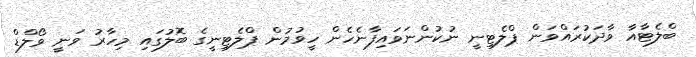
ބްލެޓާއާ ވާދަކުރައްވަން ޕްލެޓިނީ ނުކުންނަވައިފާނެހެން ހީވުމުން ޕްލެޓިނީގެ ބޮލުގައި މިހާރު ވަނީ ވޯލްޑް